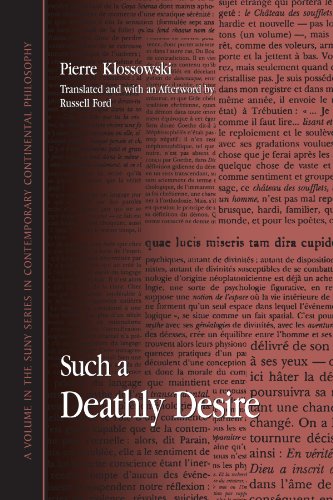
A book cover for Such a Deathly Desire (SUNY Series in Contemporary Continental Philosophy); Pierre Klossowski; Politics & Social Sciences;